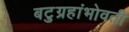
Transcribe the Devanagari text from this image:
बटुग्रहांभोवती